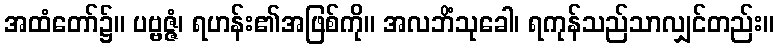
အထံတော်၌။ ပဗ္ဗဇ္ဇံ၊ ရဟန်း၏အဖြစ်ကို။ အလဘိံသုခေါ၊ ရကုန်သည်သာလျှင်တည်း။